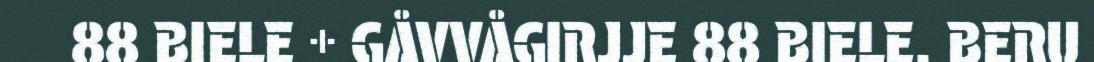
88 BIELE + GÅVVÅGIRJJE 88 BIELE. BERU